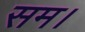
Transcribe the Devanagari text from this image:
सम।